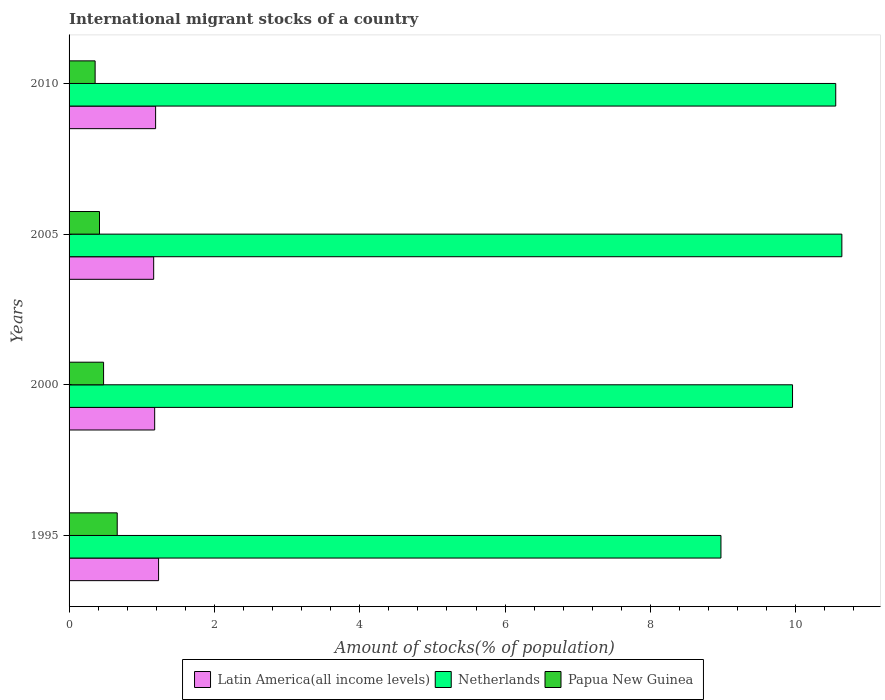
| Years | Latin America(all income levels) | Netherlands | Papua New Guinea |
 | --- | --- | --- | --- |
 | 1995 | 1.23 | 8.97 | 0.663 |
 | 2000 | 1.18 | 9.96 | 0.475 |
 | 2005 | 1.16 | 10.6 | 0.419 |
 | 2010 | 1.19 | 10.5 | 0.358 |